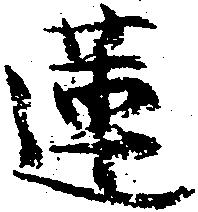
蓮